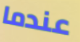
عندما